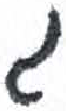
אות: ג